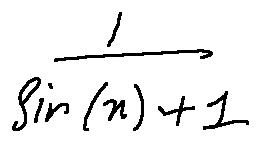
\frac { 1 } { \sin ( x ) + 1 }